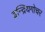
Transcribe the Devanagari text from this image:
इन्द्रियगोचर